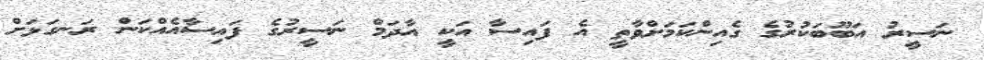
ނަސީރު އަބޫބަކުރުގެ ގެއިންކަމަށްވާތީ އެ ފައިސާ އަކީ އާދަމް ނަސީރުގެ ފައިސާއެއްކަން ރަނގަޅަށް